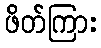
ဖိတ်ကြား